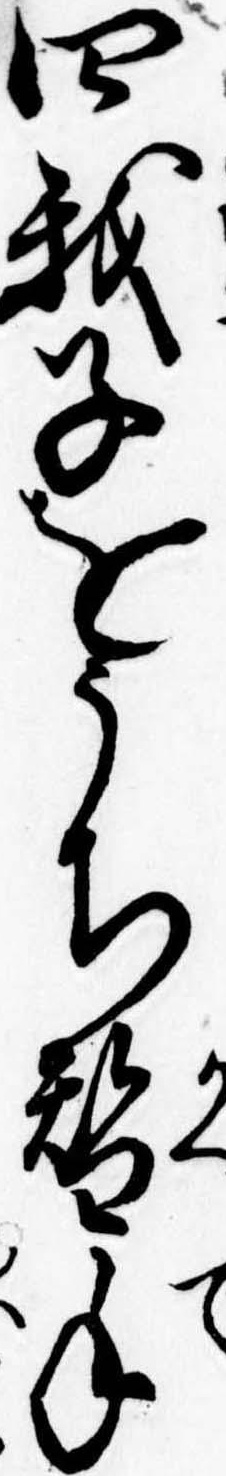
四我子をうち替手